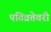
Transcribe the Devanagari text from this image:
पतिव्रतेवरी